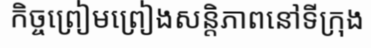
កិច្ចព្រៀមព្រៀងសន្តិភាពនៅទីក្រុង